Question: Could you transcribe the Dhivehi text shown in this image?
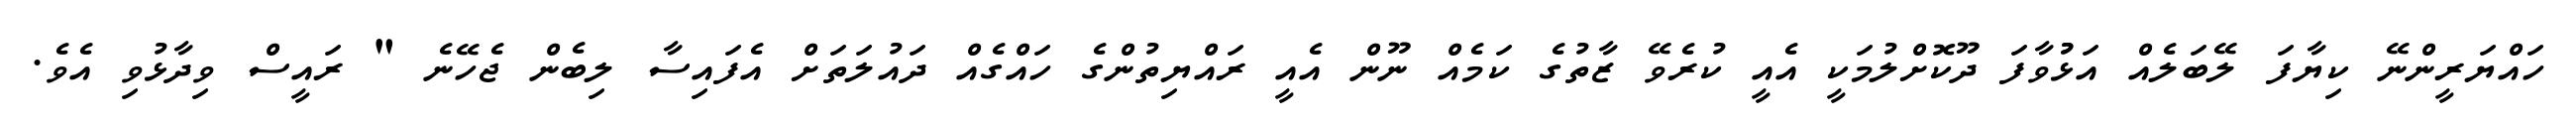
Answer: ހައްޔަރީންނޭ ކިޔާފަ ލޭބަލެއް އަޅުުވާފަ ދޫކޮށްލުމަކީ އެއީ ކުރެވޭ ޒާތުގެ ކަމެއް ނޫން އެއީ ރައްޔިތުންގެ ހައްގެއް ދައުލަތަށް އެފައިސާ ލިބެން ޖެހޭނެ " ރައީސް ވިދާޅުވި އެވެ.